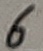
Text: 6